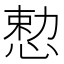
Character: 𪬈